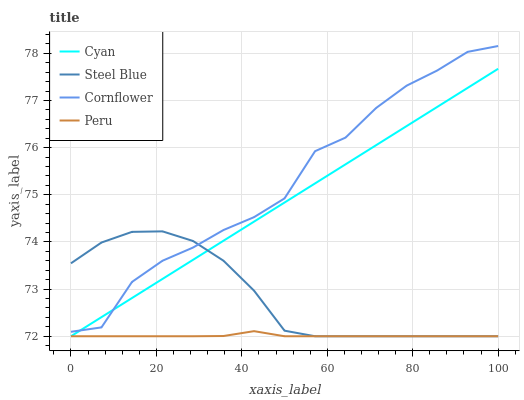
| xaxis_label | Cyan | Steel Blue | Cornflower | Peru |
 | --- | --- | --- | --- | --- |
 | 0 | 72 | 73.5 | 72.1 | 72 |
 | 7.14 | 72.4 | 74 | 72.2 | 72 |
 | 14.3 | 72.8 | 74.2 | 73.2 | 72 |
 | 21.4 | 73.2 | 74.2 | 73.6 | 72 |
 | 28.6 | 73.6 | 74 | 73.9 | 72 |
 | 35.7 | 74 | 73.6 | 74.3 | 72 |
 | 42.9 | 74.4 | 73 | 74.5 | 72.1 |
 | 50 | 74.8 | 72.1 | 74.9 | 72 |
 | 57.1 | 75.2 | 72 | 75.9 | 72 |
 | 64.3 | 75.6 | 72 | 76.2 | 72 |
 | 71.4 | 76.1 | 72 | 76.8 | 72 |
 | 78.6 | 76.5 | 72 | 77.3 | 72 |
 | 85.7 | 76.9 | 72 | 77.6 | 72 |
 | 92.9 | 77.3 | 72 | 78 | 72 |
 | 100 | 77.7 | 72 | 78.2 | 72 |